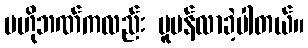
ဗဟိုဘဏ်ကလည်း ပူပန်လာခဲ့ပါတယ်။